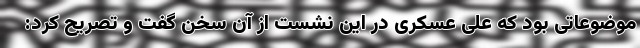
موضوعاتی بود که علی عسکری در این نشست از آن سخن گفت و تصریح کرد: